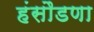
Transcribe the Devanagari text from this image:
हंसौडणा